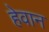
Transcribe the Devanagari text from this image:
हेवान